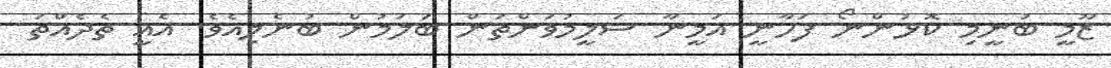
ޒޫމީ ބުނީމި ކޮޅުންނޯ ފަހާނީ އަމީނާ ސަލީމުވަންތަން ބަލަމުން ބުނެލިއެވެ. އެއީ ތެދެއްތަ